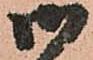
御